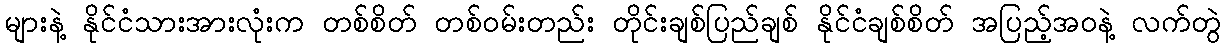
များနဲ့ နိုင်ငံသားအားလုံးက တစ်စိတ် တစ်ဝမ်းတည်း တိုင်းချစ်ပြည်ချစ် နိုင်ငံချစ်စိတ် အပြည့်အဝနဲ့ လက်တွဲ